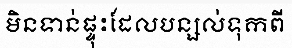
មិនទាន់ផ្ទុះដែលបន្សល់ទុកពី